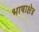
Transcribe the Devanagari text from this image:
भाषाक्षेत्र